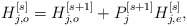
\begin{align*}H_{j,o}^{[s]} = H_{j,o}^{[s+1]} + P_j^{[s+1]} H_{j,e}^{[s]},\end{align*}